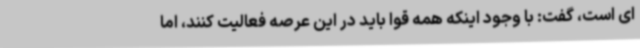
ای است، گفت: با وجود اینکه همه قوا باید در این عرصه فعالیت کنند، اما